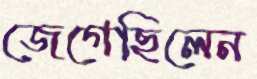
জেগেছিলেন